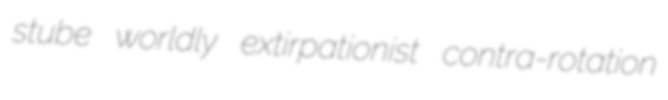
stube worldly extirpationist contra-rotation